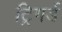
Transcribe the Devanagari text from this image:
ट्रिगर्ड